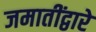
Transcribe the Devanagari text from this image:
जमातींद्वारे